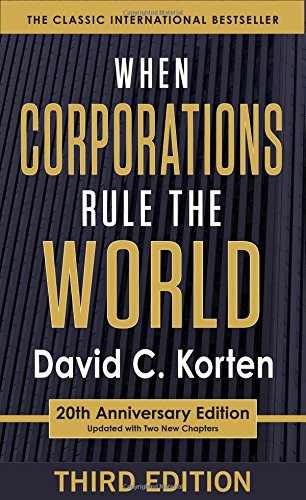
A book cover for When Corporations Rule the World; David C. Korten; Business & Money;